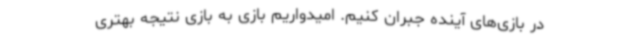
در بازی‌های آینده جبران کنیم. امیدواریم بازی به بازی نتیجه بهتری